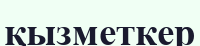
қызметкер